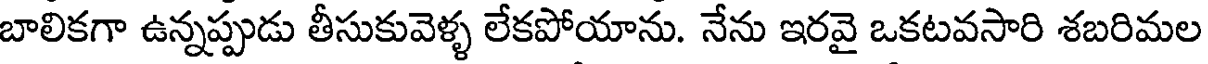
బాలికగా ఉన్నప్పుడు తీసుకువెళ్ళ లేకపోయాను. నేను ఇరవై ఒకటవసారి శబరిమల